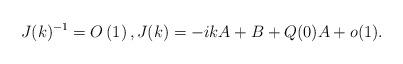
LaTeX: \begin{align*}J(k)^{-1}=O\left(1\right),J(k)=-ik A+B+Q(0)A+o(1).\end{align*}